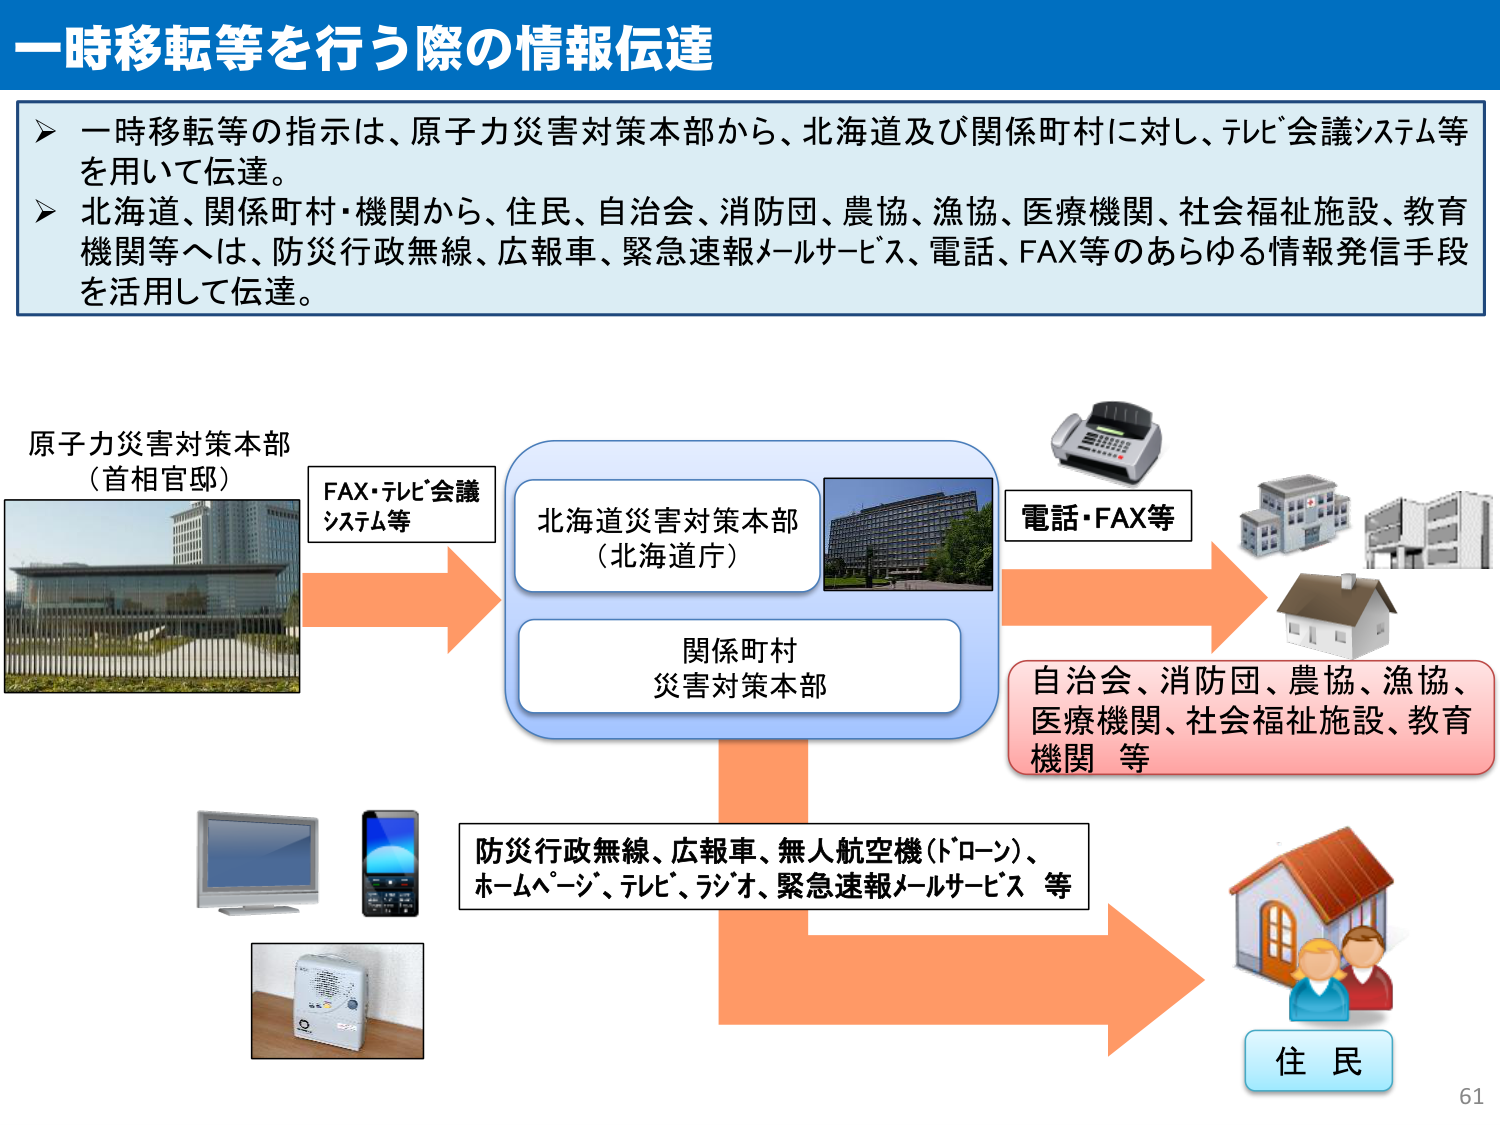
一時移転等を行う際の情報伝達

一時移転等の指示は、原子力災害対策本部から、北海道及び関係町村に対し、テレビ会議システム等を用いて伝達。
北海道、関係町村・機関から、住民、自治会、消防団、農協、漁協、医療機関、社会福祉施設、教育機関等へは、防災行政無線、広報車、緊急速報メールサービス、電話、FAX等のあらゆる情報発信手段を活用して伝達。

原子力災害対策本部
（首相官邸）
FAX・テレビ会議
システム等

北海道災害対策本部
（北海道庁）

関係町村
災害対策本部

電話・FAX等

自治会、消防団、農協、漁協、
医療機関、社会福祉施設、教育
機関 等

防災行政無線、広報車、無人航空機（ドローン）、
ホームページ、テレビ、ラジオ、緊急速報メールサービス 等

住 民

61